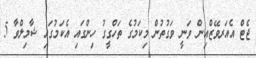
ޖެޓް އެއަރވޭޒްއިން ވަނީ ވަގުތުން މިކަމުގެ ތަހްގީގު ހިންގައި އެކަމުގައި ޝާމިލްވާ 5